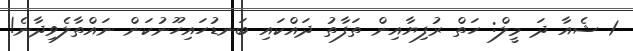
1 ޝެއާ ދަ މީލް: ހަތް ރުފިޔާއިން ތަފާތު ދައްކައި ބަނޑުހައިހޫނުކަން ނައްތާލެވިދާނެ!